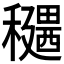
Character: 𥣊